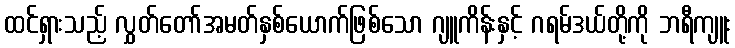
ထင်ရှားသည့် လွှတ်တော်အမတ်နှစ်ယောက်ဖြစ်သော ဂျူကိန်းနှင့် ဂရမ်ဒယ်တို့ကို ဘရီကျူး